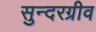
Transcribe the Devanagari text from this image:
सुन्दरग्रीव